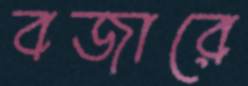
বজারে